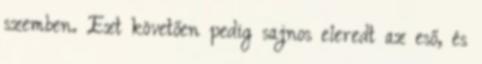
szemben. Ezt követően pedig sajnos eleredt az eső, és